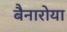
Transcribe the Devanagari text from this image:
बैनारोया